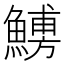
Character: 𩺹